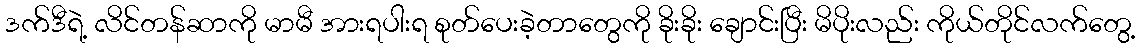
ဒက်ဒီရဲ့ လိင်တန်ဆာကို မာမီ အားရပါးရ စုတ်ပေးခဲ့တာတွေကို ခိုးခိုး ချောင်းပြီး မိပိုးလည်း ကိုယ်တိုင်လက်တွေ့